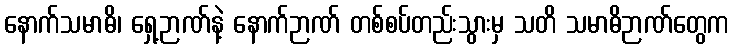
နောက်သမာဓိ၊ ရှေ့ဉာဏ်နဲ့ နောက်ဉာဏ် တစ်စပ်တည်းသွားမှ သတိ သမာဓိဉာဏ်တွေက